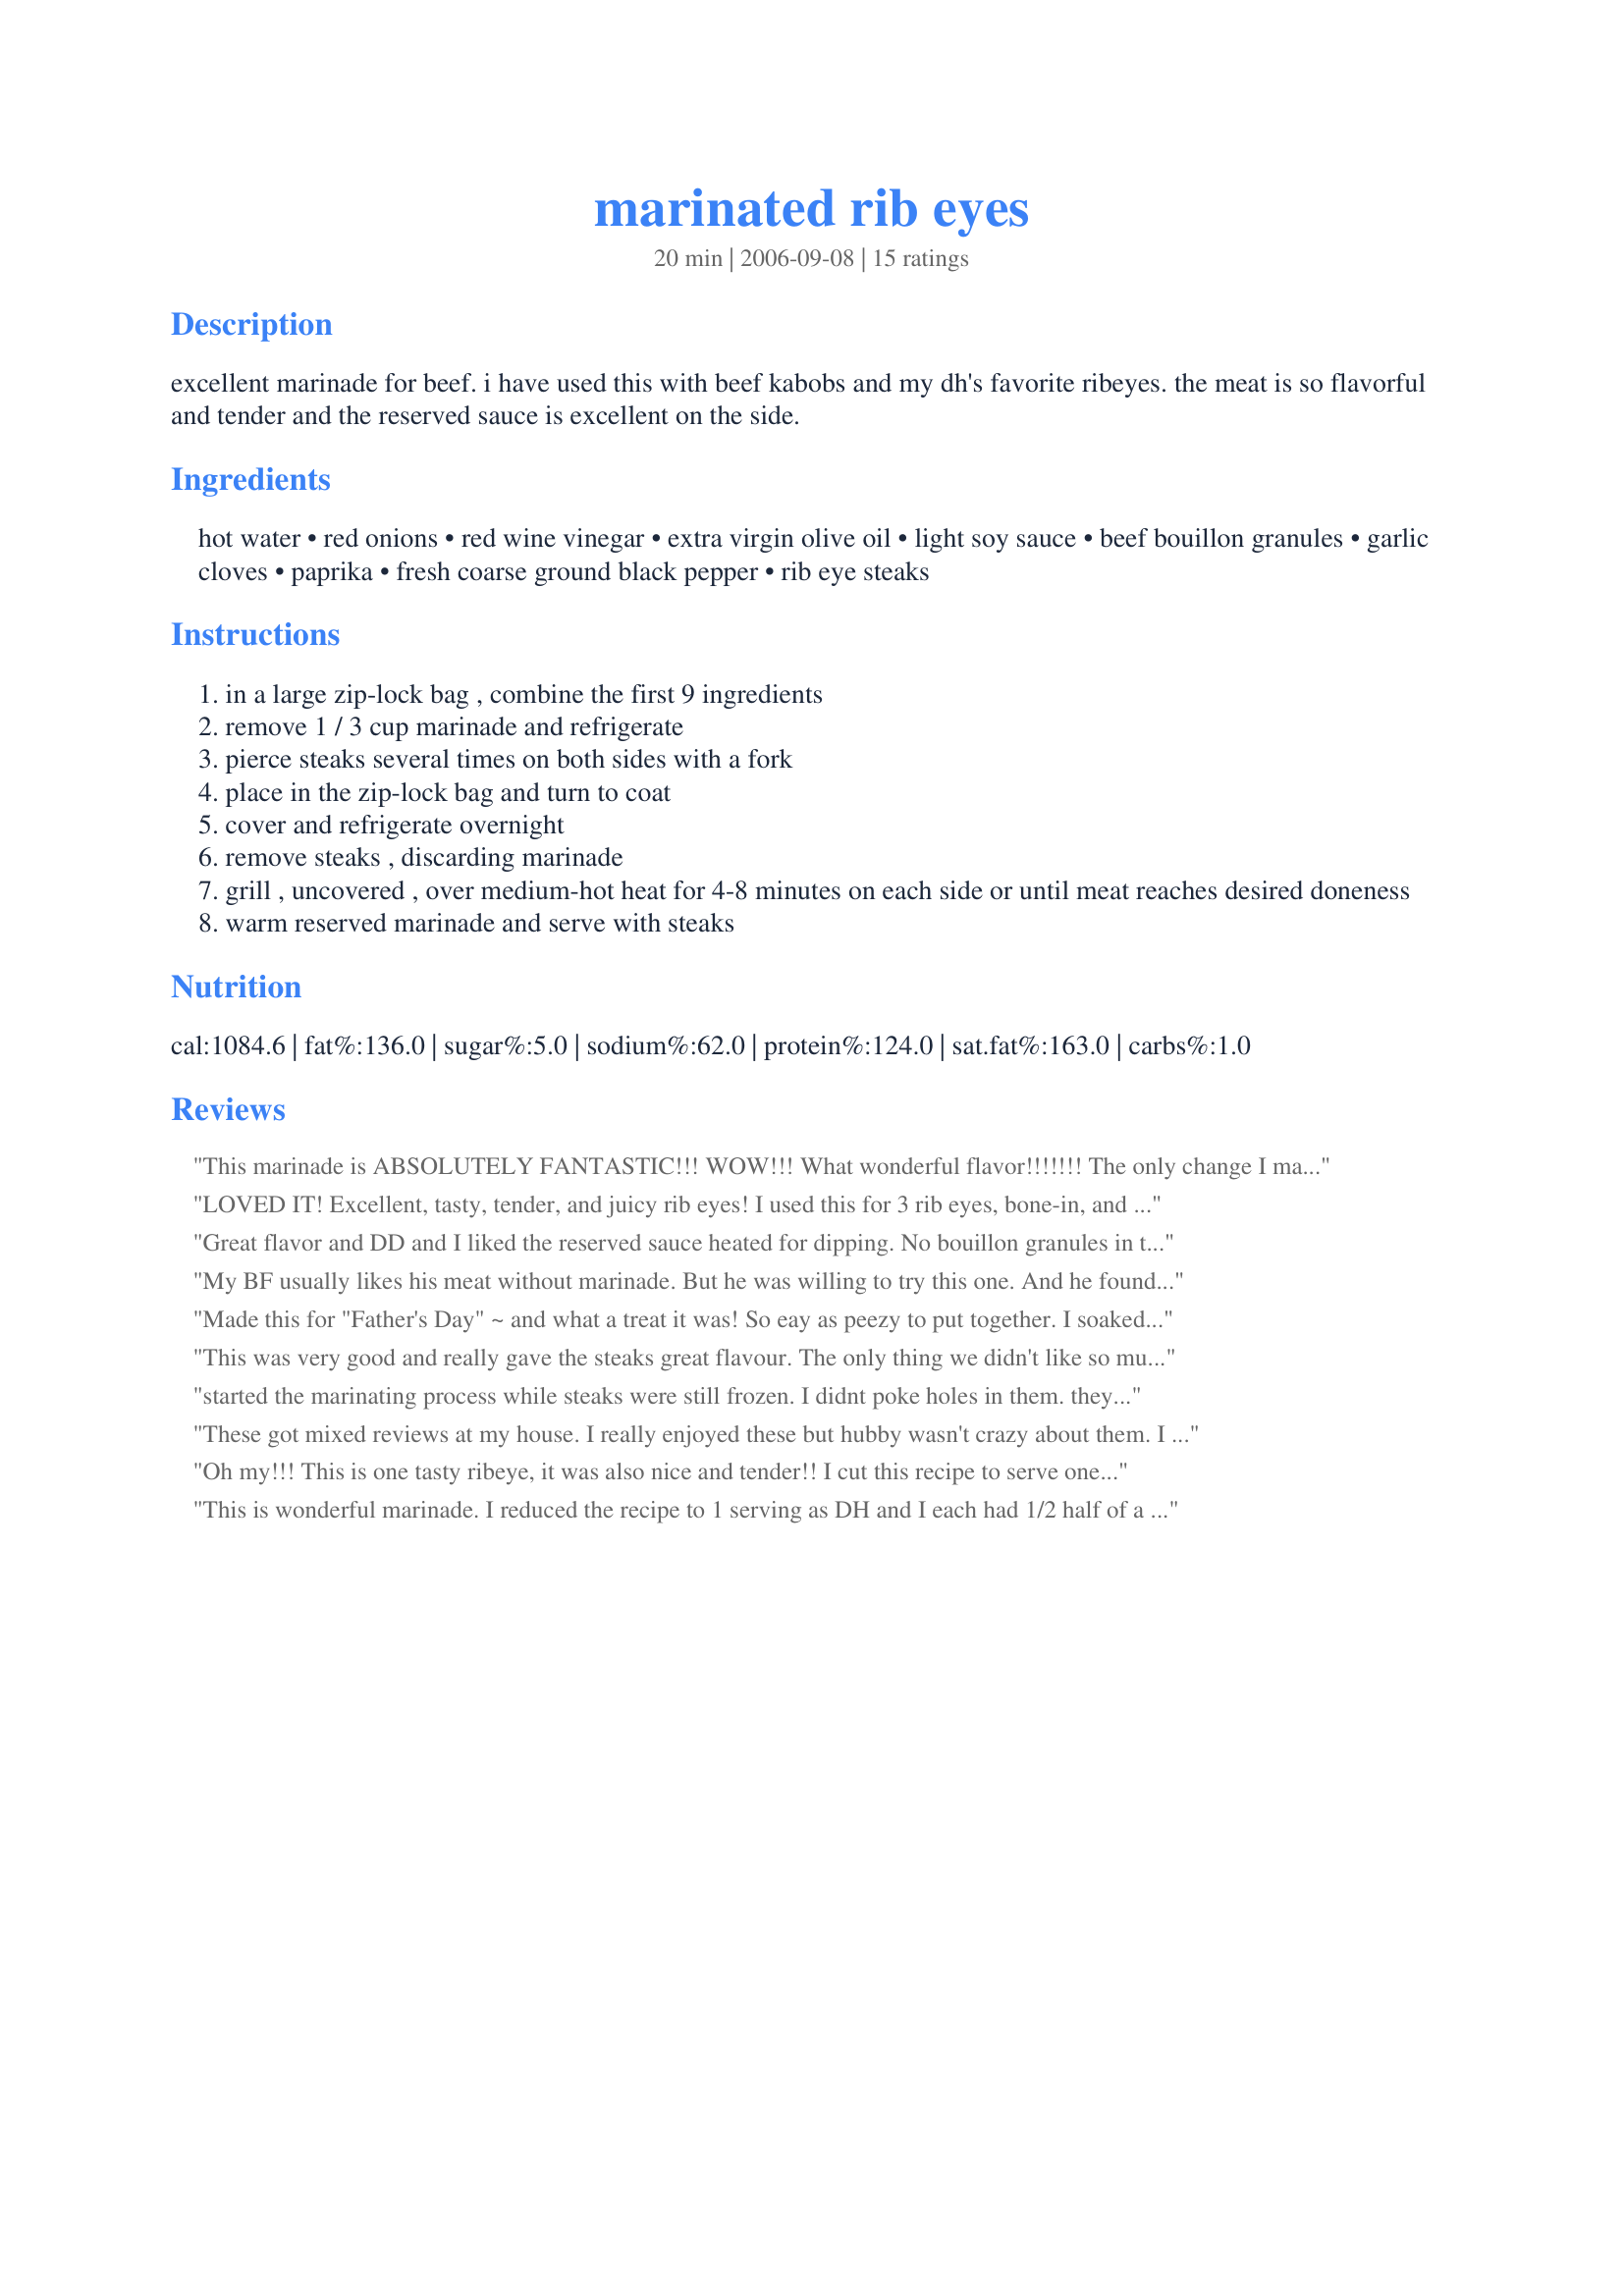
marinated rib eyes
Preparation time: 20 minutes

excellent marinade for beef. i have used this with beef kabobs and my dh's favorite ribeyes. the meat is so flavorful and tender and the reserved sauce is excellent on the side.

Ingredients:
hot water, red onions, red wine vinegar, extra virgin olive oil, light soy sauce, beef bouillon granules, garlic cloves, paprika, fresh coarse ground black pepper, rib eye steaks

Steps:
in a large zip-lock bag , combine the first 9 ingredients
remove 1 / 3 cup marinade and refrigerate
pierce steaks several times on both sides with a fork
place in the zip-lock bag and turn to coat
cover and refrigerate overnight
remove steaks , discarding marinade
grill , uncovered , over medium-hot heat for 4-8 minutes on each side or until meat reaches desired doneness
warm reserved marinade and serve with steaks

Reviews:
This marinade is ABSOLUTELY FANTASTIC!!! WOW!!! What wonderful flavor!!!!!!! The only change I made was to use balsamic vinegar instead of red wine vinegar, because that's what I had on hand. One of the BEST marinades I've ever tried!! TY so very much!!! :)
LOVED IT! Excellent, tasty, tender, and juicy rib eyes! I used this for 3 rib eyes, bone-in, and marinated for about 8 hours. I used shallots instead of the red onion, used cider vinegar, used only 1 tablespoon light soy sauce and added 1 tablespoon Worcestershire sauce, and also added 2 teaspoons brown sugar. I will definitely use this again, one of the best! I didn't even bother with the reserved sauce, didn't need it! Thank you for posting, Nimz!
Great flavor and DD and I liked the reserved sauce heated for dipping. No bouillon granules in the cupboard so I dissolved 1 bouillon cube in the hot water. Oh yes, I also grated the 3 tablespoons of red onion. I marinated 3 steaks in the sauce. This winning recipe will be made again! Made this for ZWT III 2007 - Great Britain/Ireland Region
My BF usually likes his meat without marinade. But he was willing to try this one. And he found it delicious. I can't believe how delicious it was. I'll have to do that again soon. Thanks Nimz :)
Made this for "Father's Day" ~ and what a treat it was! So eay as peezy to put together. I soaked our wonderful "Rib Eyes" in the marinade overnight. Used the whole recipe and it worked out fabulous. I really love the use of soy sauce ~ as I would of not thought to use this for steaks. Very, very tender and I found this to be a highlight of the evening. I do have a gas grill~ however; I have a charcoal grill ~ and I was amazed. Oh so yummy! Will use this a lot on the farm. Thanks, Nimz~
This was very good and really gave the steaks great flavour. The only thing we didn't like so much is the warmed, reserved marinade, but that is easily remedied as you don't have to add it.
started the marinating process while steaks were still frozen. I didnt poke holes in them. they were awesome...great flavour though out the steaks.. didn't serve with the extra sauce, I think it would have been too much.
These got mixed reviews at my house. I really enjoyed these but hubby wasn't crazy about them. I doubled this recipe for my family of four. I marinated them for about eight hours. I cooked them on the grill even though it was 20 degrees outside. I followed the recipe exactly as written.
Oh my!!! This is one tasty ribeye, it was also nice and tender!! I cut this recipe to serve one ribeye and followed exactly as written except it only marinated for about 9-10 hours. I would also like to try this on other types of steak, such as flank or sirloin for larger group. I used to cut out recipes from TOH magazines, and this is one I had cut out to try, but hadn't yet, and when I went to post here, you already had it posted. Thanks Nimz for posting this awesome marinade. Made for your win in football pool.
This is wonderful marinade. I reduced the recipe to 1 serving as DH and I each had 1/2 half of a rib eye that was at least a pound. There was more than enough! after marinating the steak for about 28 hours I cooked it to med-rare in the broiler. DH and I have agreed to have this in the summer when we can use the outdoor grill. The steak was very moist and utterly delicious. Loved the garlic! I would also highly recommend that that the remaining marinade be discarded as it's not safe to use after the blood and bacteria from the meat gotten into it from the marinading process (food safe course for opening the restaurant). Make some extra if you wish to use it as a sauce or set some aside before meat touches it as this recipe makes a generous amount. Thanks so much Nimz for a real treat!
In the receipe description it says great for beef, so I used on an inside round roast. The roast was delicious. I realized after that I had not pierced the meat before I marinated. I will next time no matter what type of beef used. Thanks for posting!
Great marinade! DH was thrilled. I subbed NY strips for the rib eyes and let them marinate overnight. Grilled to medium rare. Fantastic and simple to prepare.
So very nice on our ribeyes. I marinaded 3 generous sized steaks in the marinade and there was plenty. Our steaks came out juicy and flavorful. Thank you, Nimz!
Nimzie ~ my oh my is all my DH could say while eating his steak. Makes for a very tender and juicy steak. I loved the flavor of the marinade in each bite. Marinaded for 8 hours before grilling. Used cider vinegar, no sodium bouillon granules & 3 cloves garlic. This will be a standby recipe for me now with marinading our steaks. Made as a Pay It Forward in the SCC Pet thread.
OH...MY...GOODNESS... These were absolutely wounderful!! I didn't have any bouillon granules so I just crushed a bouillon cube. Otherwise I followed the recipe exactly as written. My husband and I couldn't believe our steaks turned out so good. I didn't use the left over marinade and these steaks didn't even need it. They were tender and full of delicious flavor. This is definately a recipe I will use over and over. Thank You so much for sharing. I'd give it 10 stars if I could! Absolutely FANTASTIC!!
